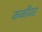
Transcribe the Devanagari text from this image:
कळीवर